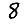
Digit: 8